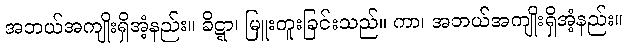
အဘယ်အကျိုးရှိအံ့နည်း။ ခိဋ္ဋာ၊ မြူးတူးခြင်းသည်။ ကာ၊ အဘယ်အကျိုးရှိအံ့နည်း။